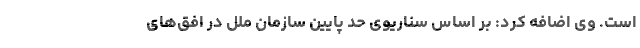
است. وی اضافه کرد: بر اساس سناریوی حد پایین سازمان ملل در افق‌های